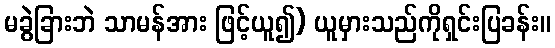
မခွဲခြားဘဲ သာမန်အား ဖြင့်ယူ၍) ယူမှားသည်ကိုရှင်းပြခန်း။